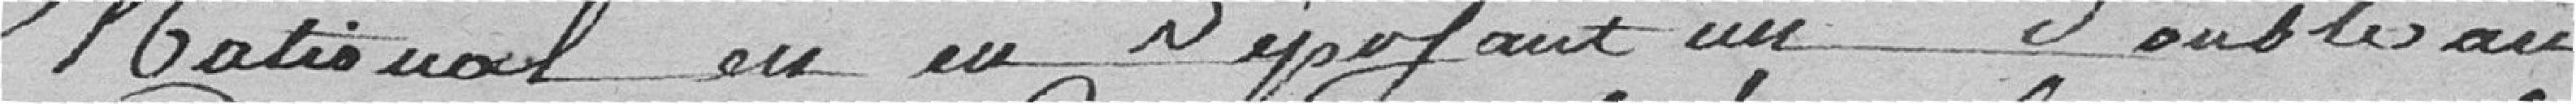
National en en déposant un double au